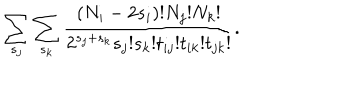
LaTeX: \sum _ { s _ { j } } \sum _ { s _ { k } } \frac { ( N _ { i } - 2 s _ { i } ) ! N _ { j } ! N _ { k } ! } { 2 ^ { s _ { j } + s _ { k } } s _ { j } ! s _ { k } ! t _ { i j } ! t _ { i k } ! t _ { j k } ! } .